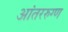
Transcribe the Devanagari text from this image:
आंतररुग्ण